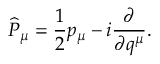
\widehat { P } _ { \mu } = \frac { 1 } { 2 } p _ { \mu } - i \frac { \partial } { \partial q ^ { \mu } } .